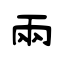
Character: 兩